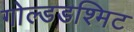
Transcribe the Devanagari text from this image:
गोल्डडश्मिट